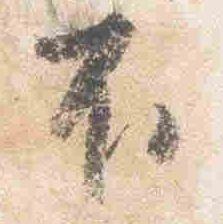
不